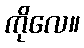
ကိုလေ။